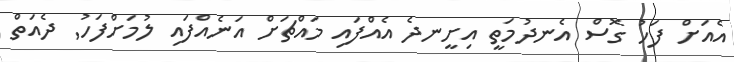
އެއަށް ފަހު ގޮސް އެނދުމަތީ އިށީނދެ އެއްފައި މައްޗަށް އަނެއްފައި ލުމަށްފަހު